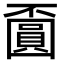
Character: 𡈯